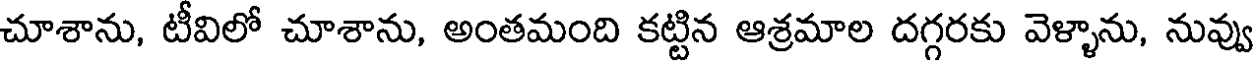
చూశాను, టీవిలో చూశాను, అంతమంది కట్టిన ఆశ్రమాల దగ్గరకు వెళ్ళాను, నువ్వు